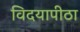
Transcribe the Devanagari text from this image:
विदयापीठा